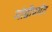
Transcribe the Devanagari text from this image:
मांडीपर्यंत